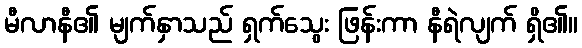
မီလာနီ၏ မျက်နှာသည် ရှက်သွေး ဖြန်းကာ နီရဲလျက် ရှိ၏။